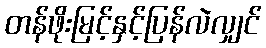
တန်ဖိုးမြင့်နှင့်ပြန်လဲလျှင်